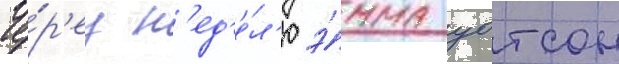
Че́р'ез н'ед'е́л'ю э́мма уотсон